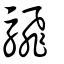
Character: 騛